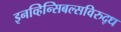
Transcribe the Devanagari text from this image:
इनव्हिन्सिबल्सविरुद्ध